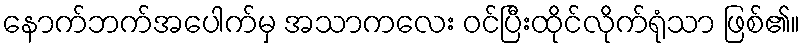
နောက်ဘက်အပေါက်မှ အသာကလေး ဝင်ပြီးထိုင်လိုက်ရုံသာ ဖြစ်၏။